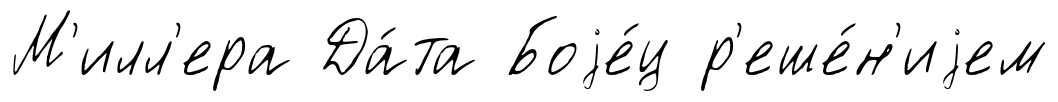
М'илл'ера Да́та Боjе́ц р'еше́н'иjем